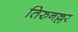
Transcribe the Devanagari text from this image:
तिरुनल्लर